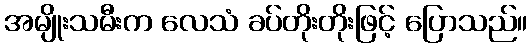
အမျိုးသမီးက လေသံ ခပ်တိုးတိုးဖြင့် ပြောသည်။